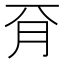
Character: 𣍡